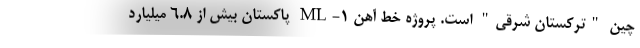
چین "ترکستان شرقی" است. پروژه خط آهن ML-1 پاکستان بیش از 6.8 میلیارد